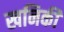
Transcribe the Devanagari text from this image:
खनिकी